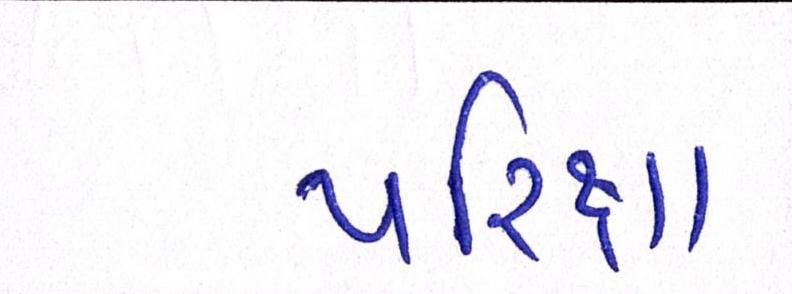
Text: પરિક્ષા